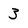
Character: 3